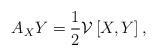
LaTeX: \begin{align*} A_{X}Y = \frac{1}{2}\mathcal{V}\left[X,Y\right],\end{align*}